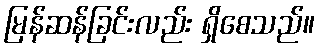
မြန်ဆန်ခြင်းလည်း ရှိစေသည်။